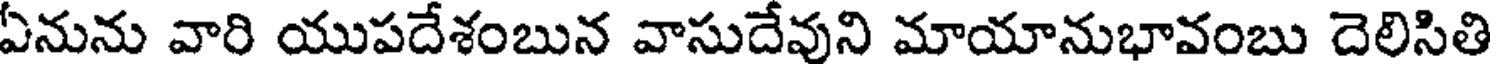
ఏనును వారి యుపదేశంబున వాసుదేవుని మాయానుభావంబు దెలిసితి